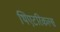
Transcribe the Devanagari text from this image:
थिएटरिकल्स